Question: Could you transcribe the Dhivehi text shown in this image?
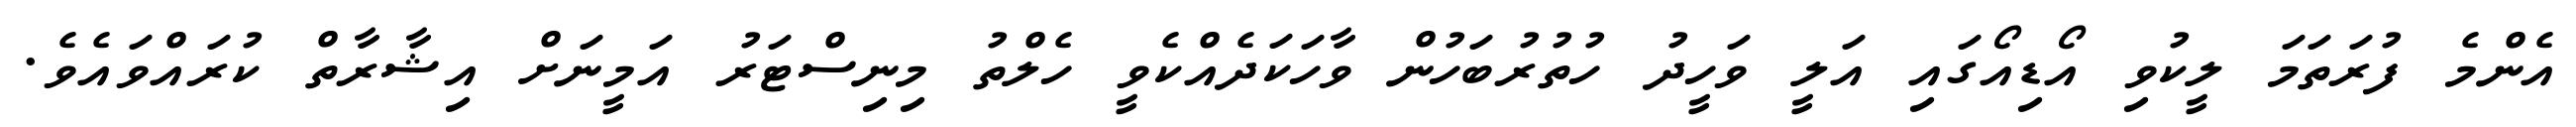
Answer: އެންމެ ފުރަތަމަ ލީކުވި އޯޑިއޯގައި އަލީ ވަހީދު ހުތުރުބަހުން ވާހަކަދެއްކެވީ ހެލްތު މިނިސްޓަރު އަމީނަށް އިޝާރާތް ކުރައްވައެވެ.